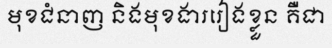
មុខជំនាញ និងមុខងាររៀងខ្លួន គឺជា